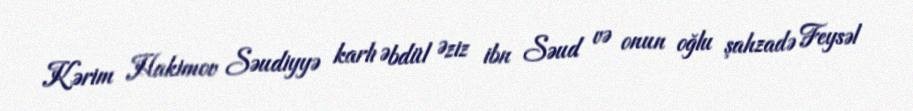
Kərim Hakimov Səudiyyə karlı Əbdül Əziz ibn Səud və onun oğlu şahzadə Feysəl